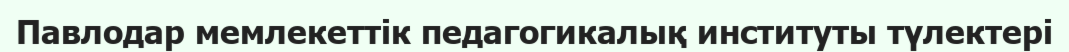
Павлодар мемлекеттік педагогикалық институты түлектері